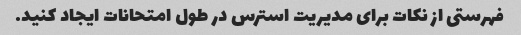
فهرستی از نکات برای مدیریت استرس در طول امتحانات ایجاد کنید.